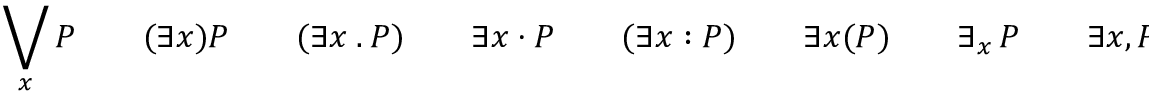
\bigvee _ { x } P \qquad ( \exists { x } ) P \qquad ( \exists x \ . \ P ) \qquad \exists x \ \cdot \ P \qquad ( \exists x : P ) \qquad \exists { x } ( P ) \qquad \exists _ { x } \, P \qquad \exists { x } { , } \, P \qquad \exists { x } { \in } X \, P \qquad \exists \, x { : } X \, P